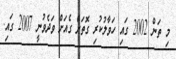
މި ތަން 2002 ގައި ހަވާލުކުރި ގޮތަށް ގެއަށް ވަދެވުނީ 2007 ގައި.